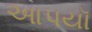
આપયૉ